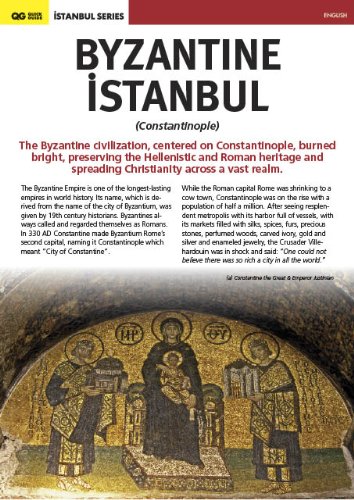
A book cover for Byzantine Istanbul (Constantinople); Serif Yenen; Travel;